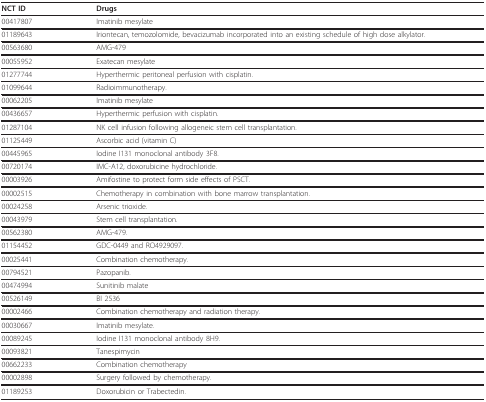
<table><thead><tr><td><b>NCT ID</b></td><td><b>Drugs</b></td></tr></thead><tbody><tr><td>00417807</td><td>Imatinib mesylate</td></tr><tr><td>01189643</td><td>Iriontecan, temozolomide, bevacizumab incorporated into an existing schedule of high dose alkylator.</td></tr><tr><td>00563680</td><td>AMG-479</td></tr><tr><td>00055952</td><td>Exatecan mesylate</td></tr><tr><td>01277744</td><td>Hyperthermic peritoneal perfusion with cisplatin.</td></tr><tr><td>01099644</td><td>Radioimmunotherapy.</td></tr><tr><td>00062205</td><td>Imatinib mesylate</td></tr><tr><td>00436657</td><td>Hyperthermic perfusion with cisplatin.</td></tr><tr><td>01287104</td><td>NK cell infusion following allogeneic stem cell transplantation.</td></tr><tr><td>01125449</td><td>Ascorbic acid (vitamin C)</td></tr><tr><td>00445965</td><td>Iodine I131 monoclonal antibody 3F8.</td></tr><tr><td>00720174</td><td>IMC-A12, doxorubicine hydrochloride.</td></tr><tr><td>00003926</td><td>Amifostine to protect form side effects of PSCT.</td></tr><tr><td>00002515</td><td>Chemotherapy in combination with bone marrow transplantation.</td></tr><tr><td>00024258</td><td>Arsenic trioxide.</td></tr><tr><td>00043979</td><td>Stem cell transplantation.</td></tr><tr><td>00562380</td><td>AMG-479.</td></tr><tr><td>01154452</td><td>GDC-0449 and RO4929097.</td></tr><tr><td>00025441</td><td>Combination chemotherapy.</td></tr><tr><td>00794521</td><td>Pazopanib.</td></tr><tr><td>00474994</td><td>Sunitinib malate</td></tr><tr><td>00526149</td><td>BI 2536</td></tr><tr><td>00002466</td><td>Combination chemotherapy and radiation therapy.</td></tr><tr><td>00030667</td><td>Imatinib mesylate.</td></tr><tr><td>00089245</td><td>Iodine I131 monoclonal antibody 8H9.</td></tr><tr><td>00093821</td><td>Tanespimycin</td></tr><tr><td>00662233</td><td>Combination chemotherapy</td></tr><tr><td>00002898</td><td>Surgery followed by chemotherapy.</td></tr><tr><td>01189253</td><td>Doxorubicin or Trabectedin.</td></tr></tbody></table>